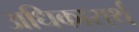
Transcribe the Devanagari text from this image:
अधिकारार्थ